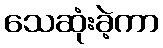
သေဆုံးခဲ့ကာ